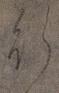
行